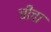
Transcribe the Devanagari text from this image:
चीचा